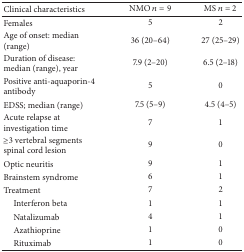
| Clinical characteristics | NMO n = 9 | MS n = 2 |
 | --- | --- | --- |
 | Females | 5 | 2 |
 | Age of onset: median (range) | 36 (20–64) | 27 (25–29) |
 | Duration of disease: median (range), year | 7.9 (2–20) | 6.5 (2–18) |
 | Positive anti-aquaporin-4 antibody | 5 | 0 |
 | EDSS; median (range) | 7.5 (5–9) | 4.5 (4–5) |
 | Acute relapse at investigation time | 7 | 1 |
 | ≥3 vertebral segments spinal cord lesion | 9 | 0 |
 | Optic neuritis | 9 | 1 |
 | Brainstem syndrome | 6 | 1 |
 | Treatment | 7 | 2 |
 | Interferon beta | 1 | 1 |
 | Natalizumab | 4 | 1 |
 | Azathioprine | 1 | 0 |
 | Rituximab | 1 | 0 |